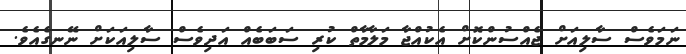
ނަމަވެސް ސާލިއަށް ޖެއްސުންކޮށް އެކުއްޖާ މަލާމާތް ކުރި ސަބަބެއް އަދިވެސް ސާލިއަކަށް ނޭނގެއެވެ.